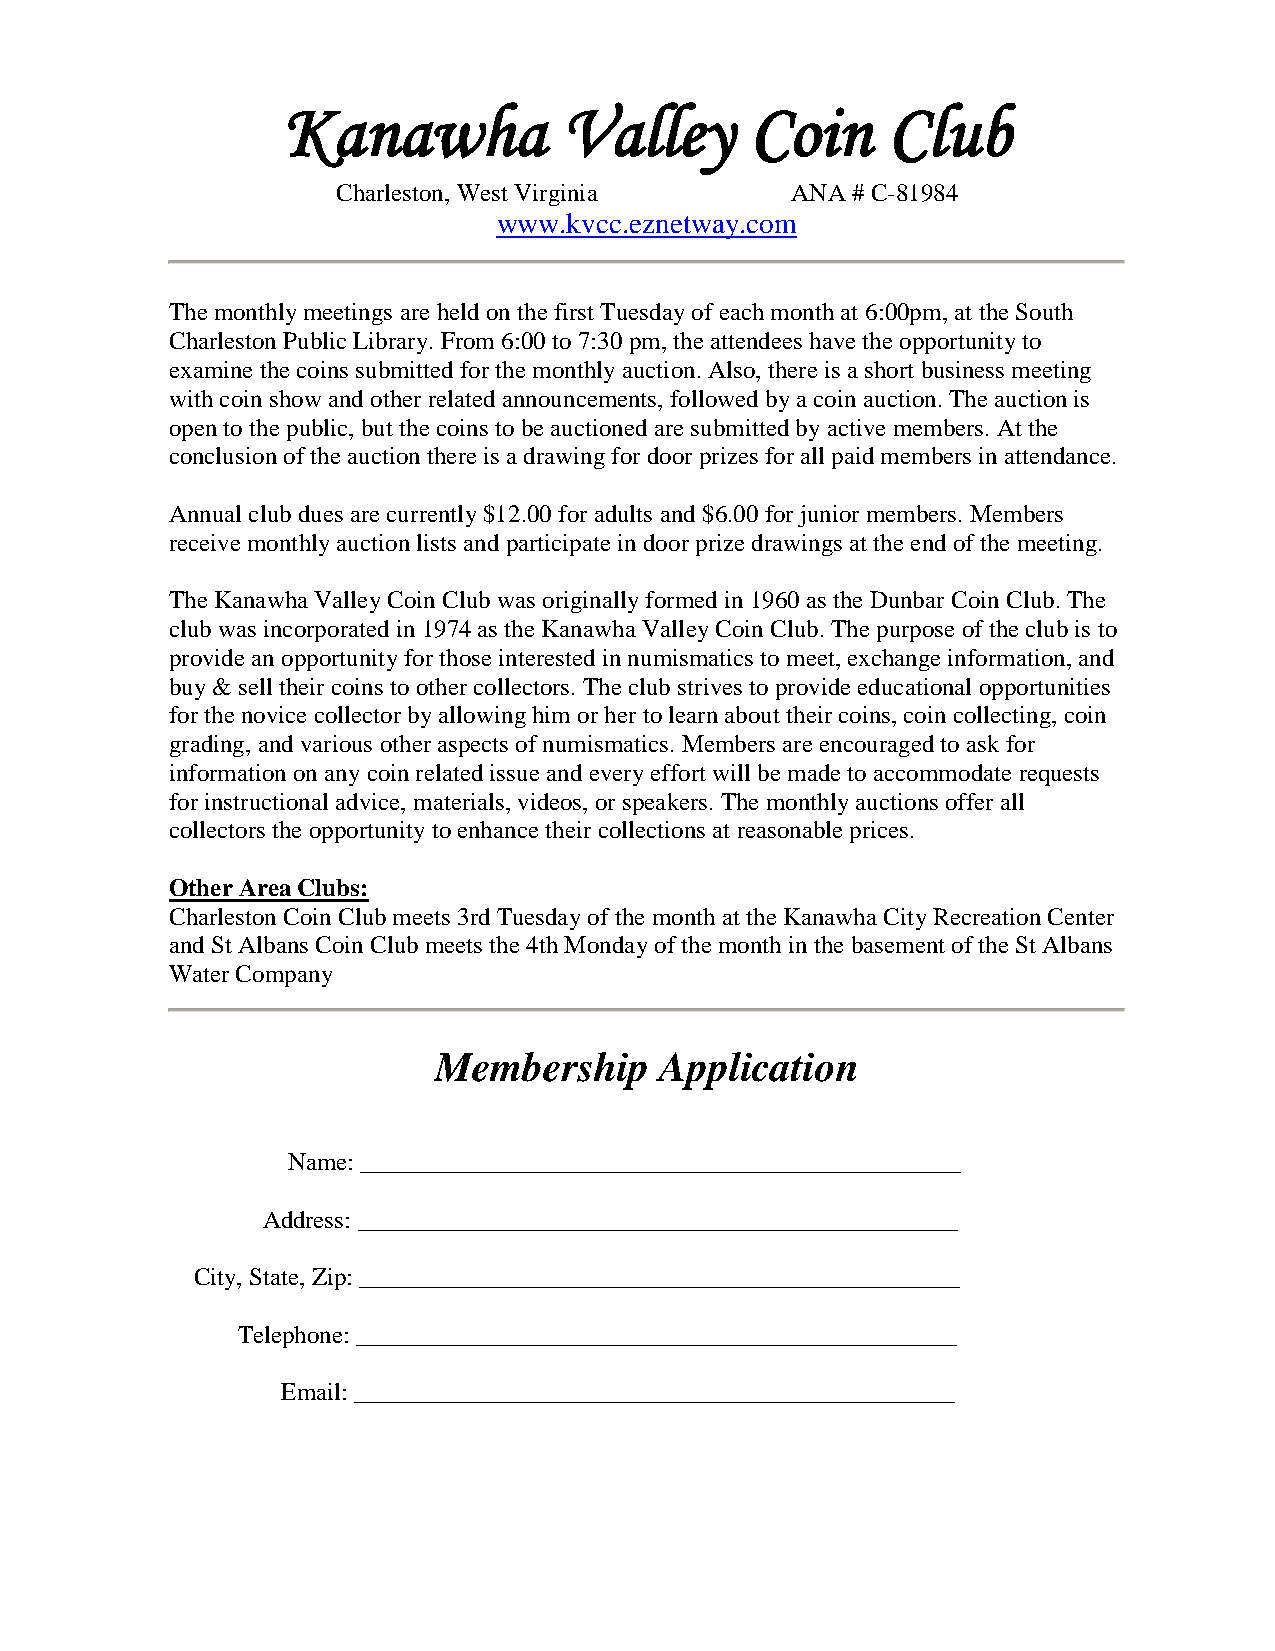
Kanawha           Valley       Coin     Club
 Charleston, West Virginia     ANA # C-81984
 www.kvcc.eznetway.com
 The monthly meetings are held on the first Tuesday of each month at 6:00pm, at the South
 Charleston Public Library. From 6:00 to 7:30 pm, the attendees have the opportunity to
 examine the coins submitted for the monthly auction. Also, there is a short business meeting
 with coin show and other related announcements, followed by a coin auction. The auction is
 open to the public, but the coins to be auctioned are submitted by active members. At the
 conclusion of the auction there is a drawing for door prizes for all paid members in attendance.
 Annual club dues are currently $12.00 for adults and $6.00 for junior members. Members
 receive monthly auction lists and participate in door prize drawings at the end of the meeting.
 The Kanawha Valley Coin Club was originally formed in 1960 as the Dunbar Coin Club. The
 club was incorporated in 1974 as the Kanawha Valley Coin Club. The purpose of the club is to
 provide an opportunity for those interested in numismatics to meet, exchange information, and
 buy & sell their coins to other collectors. The club strives to provide educational opportunities
 for the novice collector by allowing him or her to learn about their coins, coin collecting, coin
 grading, and various other aspects of numismatics. Members are encouraged to ask for
 information on any coin related issue and every effort will be made to accommodate requests
 for instructional advice, materials, videos, or speakers. The monthly auctions offer all
 collectors the opportunity to enhance their collections at reasonable prices.
 Other Area Clubs:
 Charleston Coin Club meets 3rd Tuesday of the month at the Kanawha City Recreation Center
 and St Albans Coin Club meets the 4th Monday of the month in the basement of the St Albans
 Water Company
 Membership     Application
 Name: ________________________________________________
 Address: ________________________________________________
 City, State, Zip: ________________________________________________
 Telephone: ________________________________________________
 Email: ________________________________________________